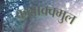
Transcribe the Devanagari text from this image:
कलाक्क्मुल